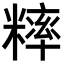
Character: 𥼁